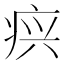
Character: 𰣫